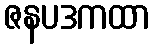
ဇနပဒကထာ